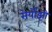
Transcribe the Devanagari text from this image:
सेर्योझी